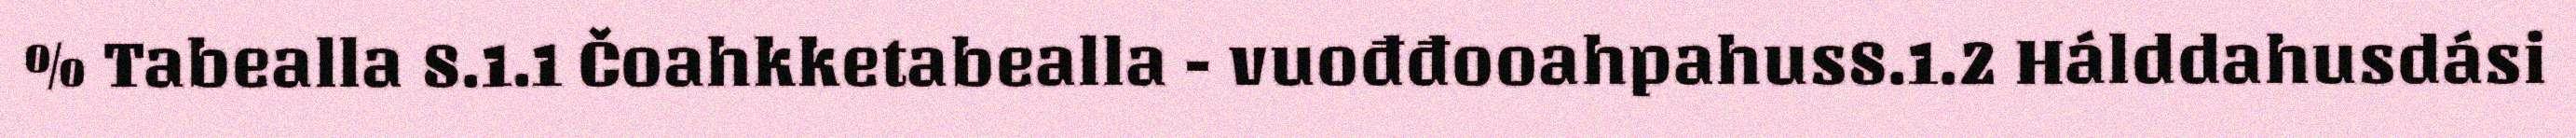
% Tabealla 8.1.1 Čoahkketabealla - vuođđooahpahus8.1.2 Hálddahusdási